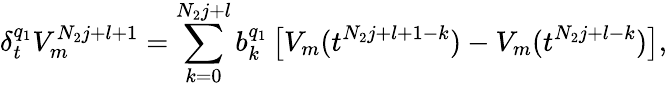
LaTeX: \delta_{t}^{q_{1}}V_{m}^{N_{2}j+l+1}=\sum_{k=0}^{N_{2}j+l}b_{k}^{q_{1}}\left[V_{m}(t^{N_{2}j+l+1-k})-V_{m}(t^{N_{2}j+l-k})\right],